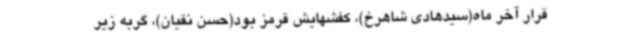
قرار آخر ماه(سیدهادی شاهرخ)، کفشهایش قرمز بود(حسن نقیان)، گربه زیر